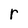
Character: r